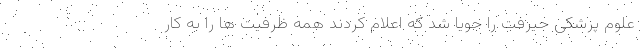
علوم پزشکی جیرفت را جویا شد که اعلام کردند همه ظرفیت ها را به کار